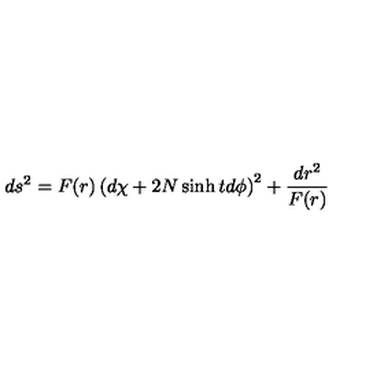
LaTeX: d s ^ { 2 } = F ( r ) \left( d \chi + 2 N \sinh t d \phi \right) ^ { 2 } + \frac { d r ^ { 2 } } { F ( r ) }